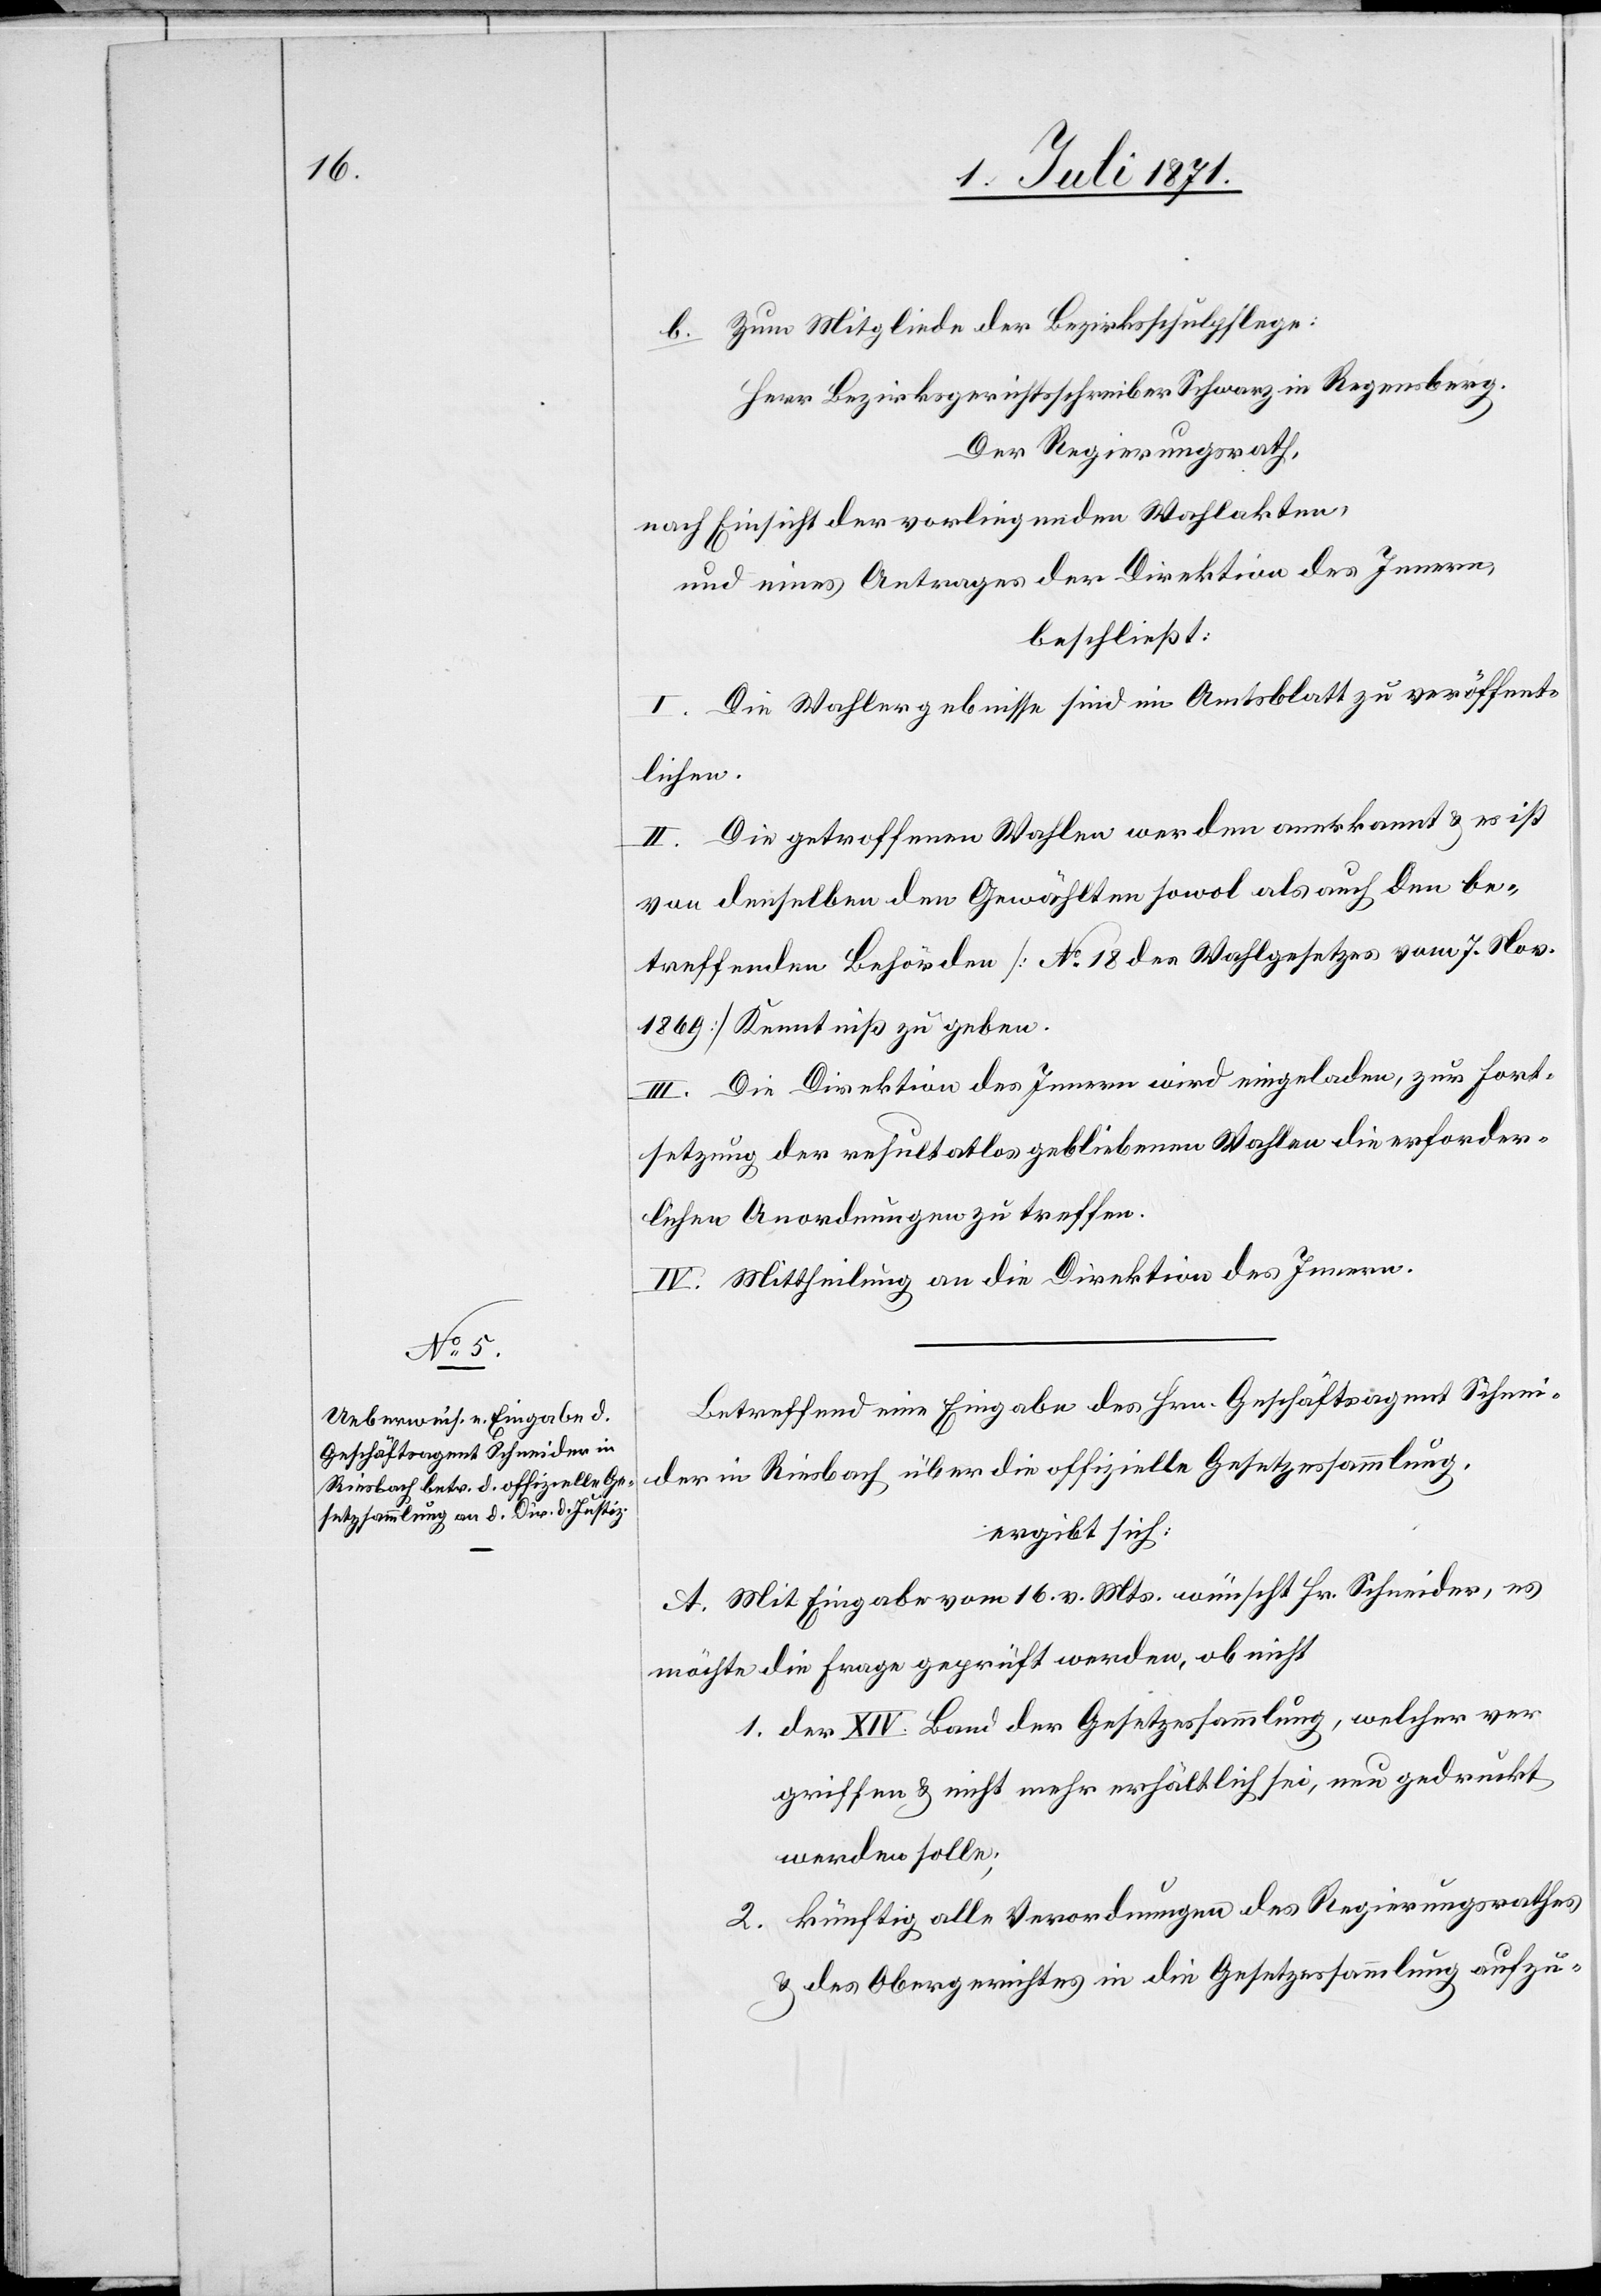
Zum Mitgliede der Bezirksschulpflege:
b.
Herr Bezirksgerichtsschreiber Schwarz in Regensberg.
Der Regierungsrath,
nach Einsicht der vorliegenden Wahlakten,
und eines Antrages der Direktion des Innern,
beschließt:
I. Die Wahlergebnisse sind im Amtsblatt zu veröffent¬
lichen.
II. Die getroffenen Wahlen werden anerkannt u. es ist
von denselben den Gewählten sowol als auch den be¬
treffenden Behörden [No. 18 des Wahlgesetzes vom 7. Nov.
1869] Kenntniß zu geben.
III. Die Direktion des Innern wird eingeladen, zur Fort¬
setzung der resultatlos gebliebenen Wahlen die erforder¬
lichen Anordnungen zu treffen.
IV. Mittheilung an die Direktion des Innern.
Betreffend eine Eingabe des Hrn. Geschäftsagent Schnei¬
der in Riesbach über die offizielle Gesetzessammlung,
ergibt sich:
A. Mit Eingabe vom 16. v. Mts. wünscht Hr. Schneider, es
möchte die Frage geprüft werden, ob nicht
der XIV. Band der Gesetzessammlung, welcher ver¬
griffen u. nicht mehr erhältlich sei, neu gedruckt
werden solle;
künftig alle Verordnungen des Regierungsrathes
u. des Obergerichtes in die Gesetzessammlung aufzu-